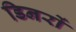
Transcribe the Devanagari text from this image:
डिनरों